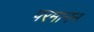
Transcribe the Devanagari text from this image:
परमानन